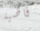
قاضية